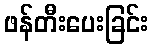
ဖန်တီးပေးခြင်း